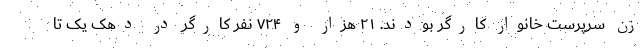
زن سرپرست خانوار کارگر بودند. ۲۱ هزار و ۷۲۴ نفر کارگر در دهک یک تا